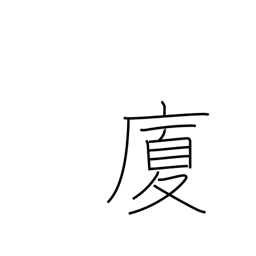
Meaning: house